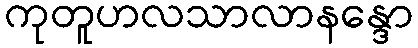
ကုတူဟလသာလာနန္ဒော